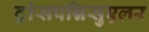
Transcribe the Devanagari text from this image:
ट्रांसपन्निसुएलर